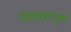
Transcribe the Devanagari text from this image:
गंधाक्षतायुक्त